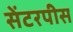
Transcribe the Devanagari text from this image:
सेंटरपीस